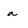
Character: a